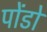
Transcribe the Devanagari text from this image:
पोंडो